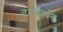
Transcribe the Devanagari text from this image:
तळांपर्यंत